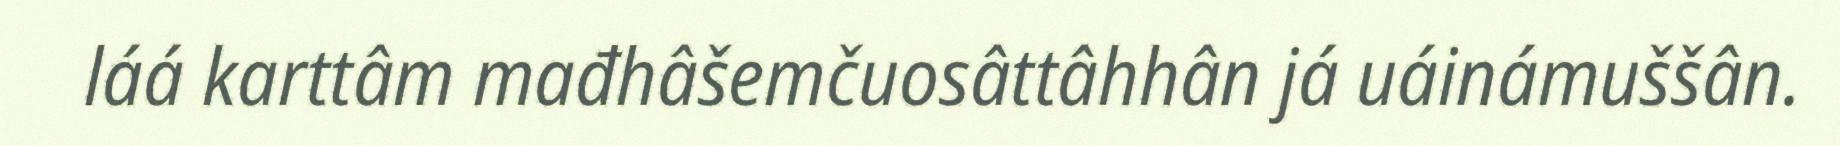
láá karttâm mađhâšemčuosâttâhhân já uáinámuššân.